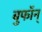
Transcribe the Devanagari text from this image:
बुफॉन्